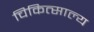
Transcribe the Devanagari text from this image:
चिकित्साल्य